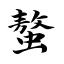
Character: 螯